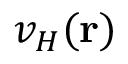
v _ { H } ( \mathbf { r } )